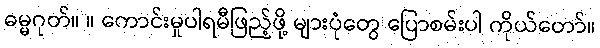
ဓမ္မဂုတ်။ ။ ကောင်းမှုပါရမီဖြည့်ဖို့ များပုံတွေ ပြောစမ်းပါ ကိုယ်တော်။